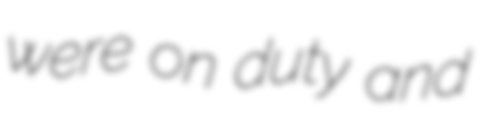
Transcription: were on duty and